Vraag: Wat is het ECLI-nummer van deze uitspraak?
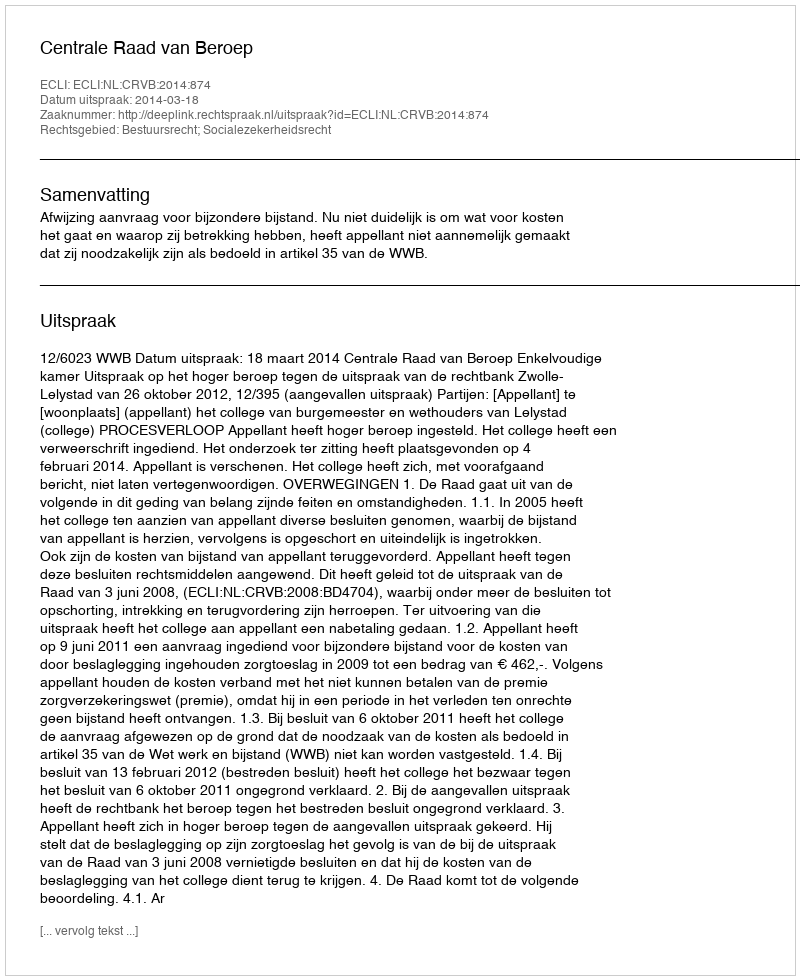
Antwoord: ECLI:NL:CRVB:2014:874